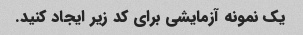
یک نمونه آزمایشی برای کد زیر ایجاد کنید.